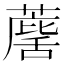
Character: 𮑷